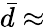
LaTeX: \bar{d}\approx